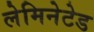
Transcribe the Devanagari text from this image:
लेमिनेटेड